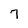
Character: 7